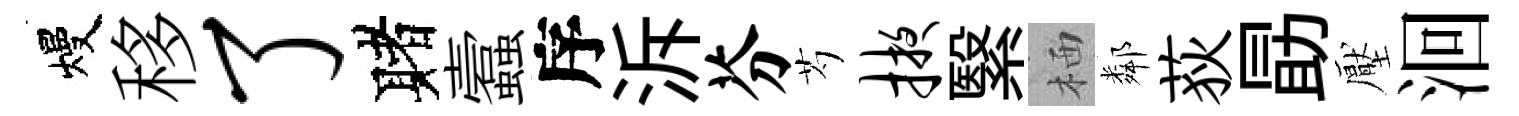
熳移了赌蠧序泝芬芍掖繄栖鄰荻勗壓洄